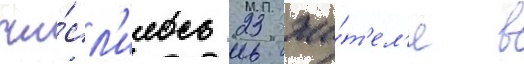
чи́сл'илось 23 жи́т'ел'я в